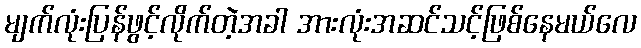
မျက်လုံးပြန်ဖွင့်လိုက်တဲ့အခါ အားလုံးအဆင်သင့်ဖြစ်နေမယ်လေ